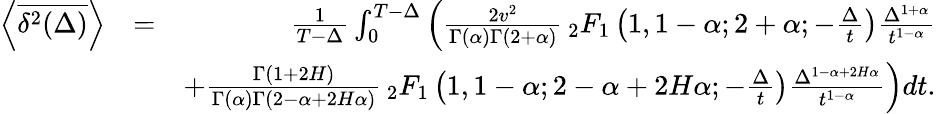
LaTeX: \begin{array}{rlr}{\left<\overline{{\delta^{2}(\Delta)}}\right>}&{=}&{\frac{1}{T-\Delta}\int_{0}^{T-\Delta}\left(\frac{2v^{2}}{\Gamma(\alpha)\Gamma(2+\alpha)}\, _{2}F_{1}\left(1,1-\alpha;2+\alpha;-\frac{\Delta}{t}\right)\frac{\Delta^{1+\alpha}}{t^{1-\alpha}}\right.}\\ &{}&{\left.+\frac{\Gamma(1+2H)}{\Gamma(\alpha)\Gamma(2-\alpha+2H\alpha)}\, _{2}F_{1}\left(1,1-\alpha;2-\alpha+2H\alpha;-\frac{\Delta}{t}\right)\frac{\Delta^{1-\alpha+2H\alpha}}{t^{1-\alpha}}\right)dt.}\end{array}